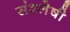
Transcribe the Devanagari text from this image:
संश्लेषी